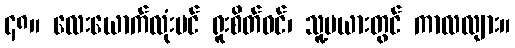
၄၈။ လေးယောက်လုံးပင် ရူးစိတ်ဝင်၊ သူ့မယားတွင် ကာလလျား။